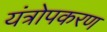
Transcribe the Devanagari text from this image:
यंत्रोपकरण